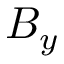
B _ { y }